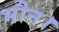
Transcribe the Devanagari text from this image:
भौन।